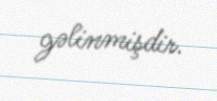
gəlinmişdir.